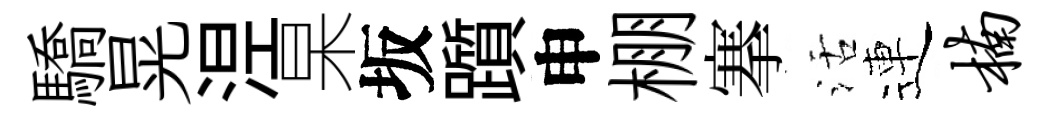
驕晃𣵀杲坂躓申棚搴活連楠